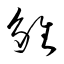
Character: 雛